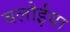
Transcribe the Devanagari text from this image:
बलोईया